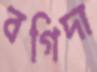
বগিদা